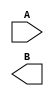
module hello (
    A, B
);

    input A;
    output B;
    
    
endmodule